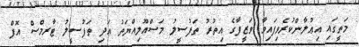
މަތީގައި އިޢުލާންކުރެވިފައިވާ ވަޒީފާގެ އިތުރު ތަފުސީލު މަސްއޫލިއްޔަތު އަދި ތަފުސީލު ޓާރމްސް އޮފް